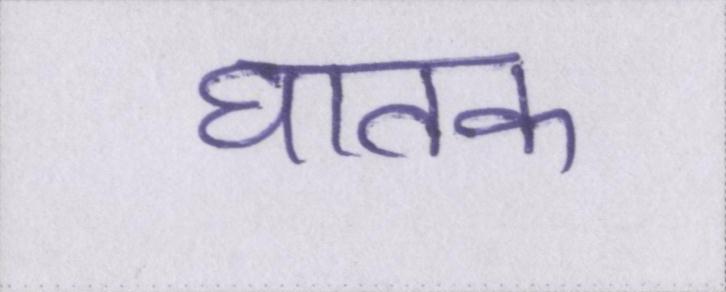
घातक